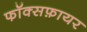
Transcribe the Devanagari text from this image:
फॉक्सफ़ायर